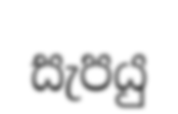
සැපයු